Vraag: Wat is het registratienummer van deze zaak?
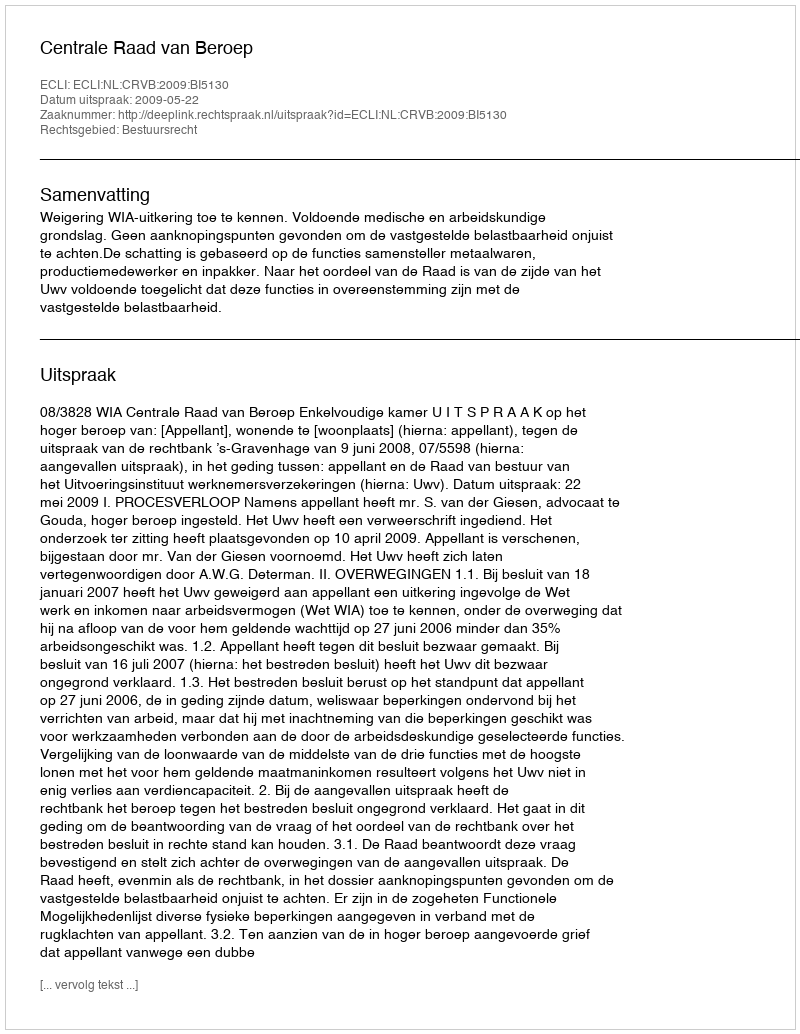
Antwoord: http://deeplink.rechtspraak.nl/uitspraak?id=ECLI:NL:CRVB:2009:BI5130